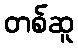
တစ်ဆူ